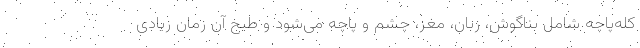
کله‌پاچه شامل بناگوش، زبان، مغز، چشم و پاچه می‌شود و طبخ آن زمان زیادی